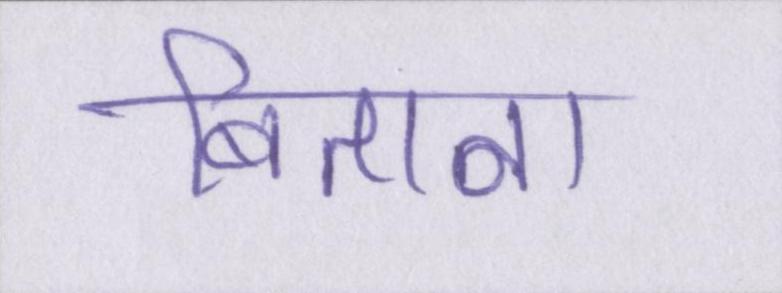
बिताना